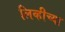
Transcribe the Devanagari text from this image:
लिव्हीच्या